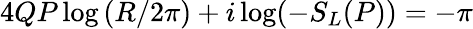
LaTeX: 4QP\log\left(R/2\pi\right)+i\log(-S_{L}(P))=-\pi